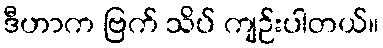
ဒီဟာက ဗြက် သိပ် ကျဉ်းပါတယ်။